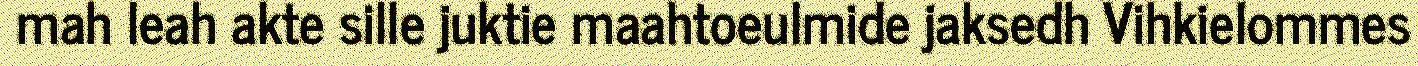
mah leah akte sille juktie maahtoeulmide jaksedh Vihkielommes